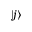
| j \rangle